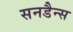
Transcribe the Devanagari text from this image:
सनडैन्स